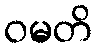
ဝမတိ